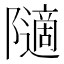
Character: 𱀿